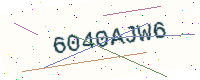
Text: 6040AJW6